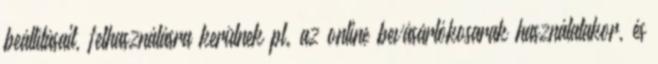
beállításait, felhasználásra kerülnek pl. az online bevásárlókosarak használatakor, és